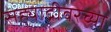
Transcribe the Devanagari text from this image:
सह्याद्रीवरच्या